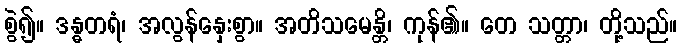
စွဲ၍။ ဒန္ဓတရံ၊ အလွန်နှေးစွာ။ အတိသမေန္တိ၊ ကုန်၏။ တေ သတ္တာ၊ တို့သည်။